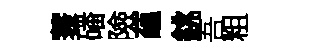
蓑磻險藴銚吾粗